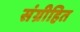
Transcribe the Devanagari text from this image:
संग्रीहित